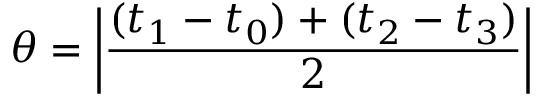
\theta = \left\vert { \frac { ( t _ { 1 } - t _ { 0 } ) + ( t _ { 2 } - t _ { 3 } ) } { 2 } } \right\vert